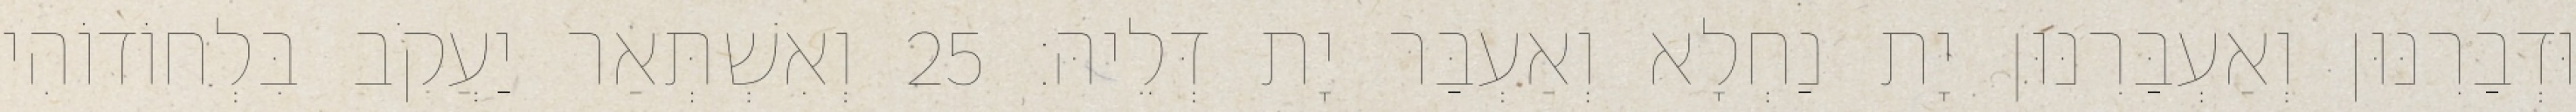
וּדְבַרִנּוּן וְאַעְבַּרִנּוּן יָת נַחְלָא וְאַעְבַּר יָת דְּלֵיהּ׃ 25 וְאִשְׁתְּאַר יַעֲקֹב בִּלְחוֹדוֹהִי